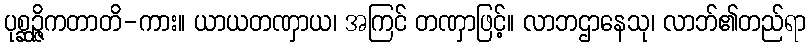
ပုစ္ဆဉ္ဇိကတာတိ-ကား။ ယာယတဏှာယ၊ အကြင် တဏှာဖြင့်။ လာဘဌာနေသု၊ လာဘ်၏တည်ရာ